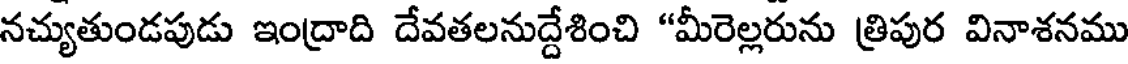
నచ్యుతుండపుడు ఇంద్రాది దేవతలనుద్దేశించి "మీరెల్లరును త్రిపుర వినాశనము